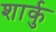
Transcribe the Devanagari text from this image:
शार्कु